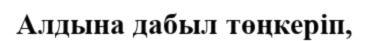
Алдына дабыл төңкеріп,